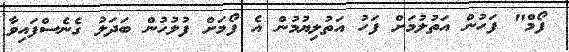
ފޯމް" ފަހުން އަތުލުމަށް ފަހު އަތުލިޔުމުން އެ ފޯމަށް ފުލުހުން ބަދަލު ގެނެސްފައިވާ